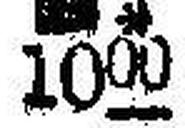
### * 1000